Civil Veterinary Dept. North-West Frontier Province 1933-46 - 1933-1946
Year: 1933
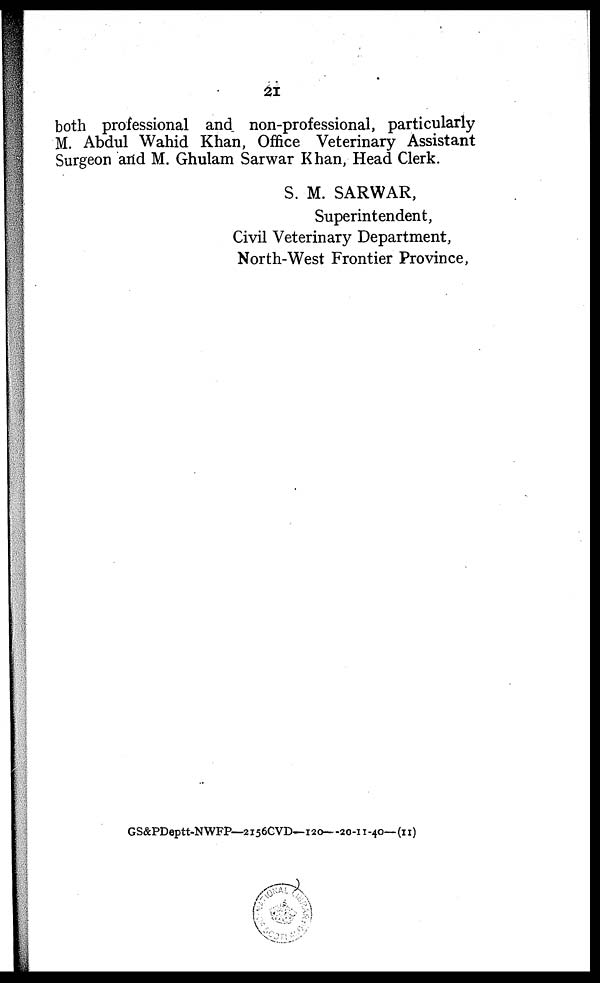
21
both professional and non-professional, particularly
M. Abdul Wahid Khan, Office Veterinary Assistant
Surgeon and M. Ghulam Sarwar Khan, Head Clerk.
S. M. SARWAR,
Superintendent,
Civil Veterinary Department,
North-West Frontier Province,
GS&PDeptt-NWFP—2156CVD—120—20-11-40—(11)